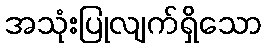
အသုံးပြုလျက်ရှိသော